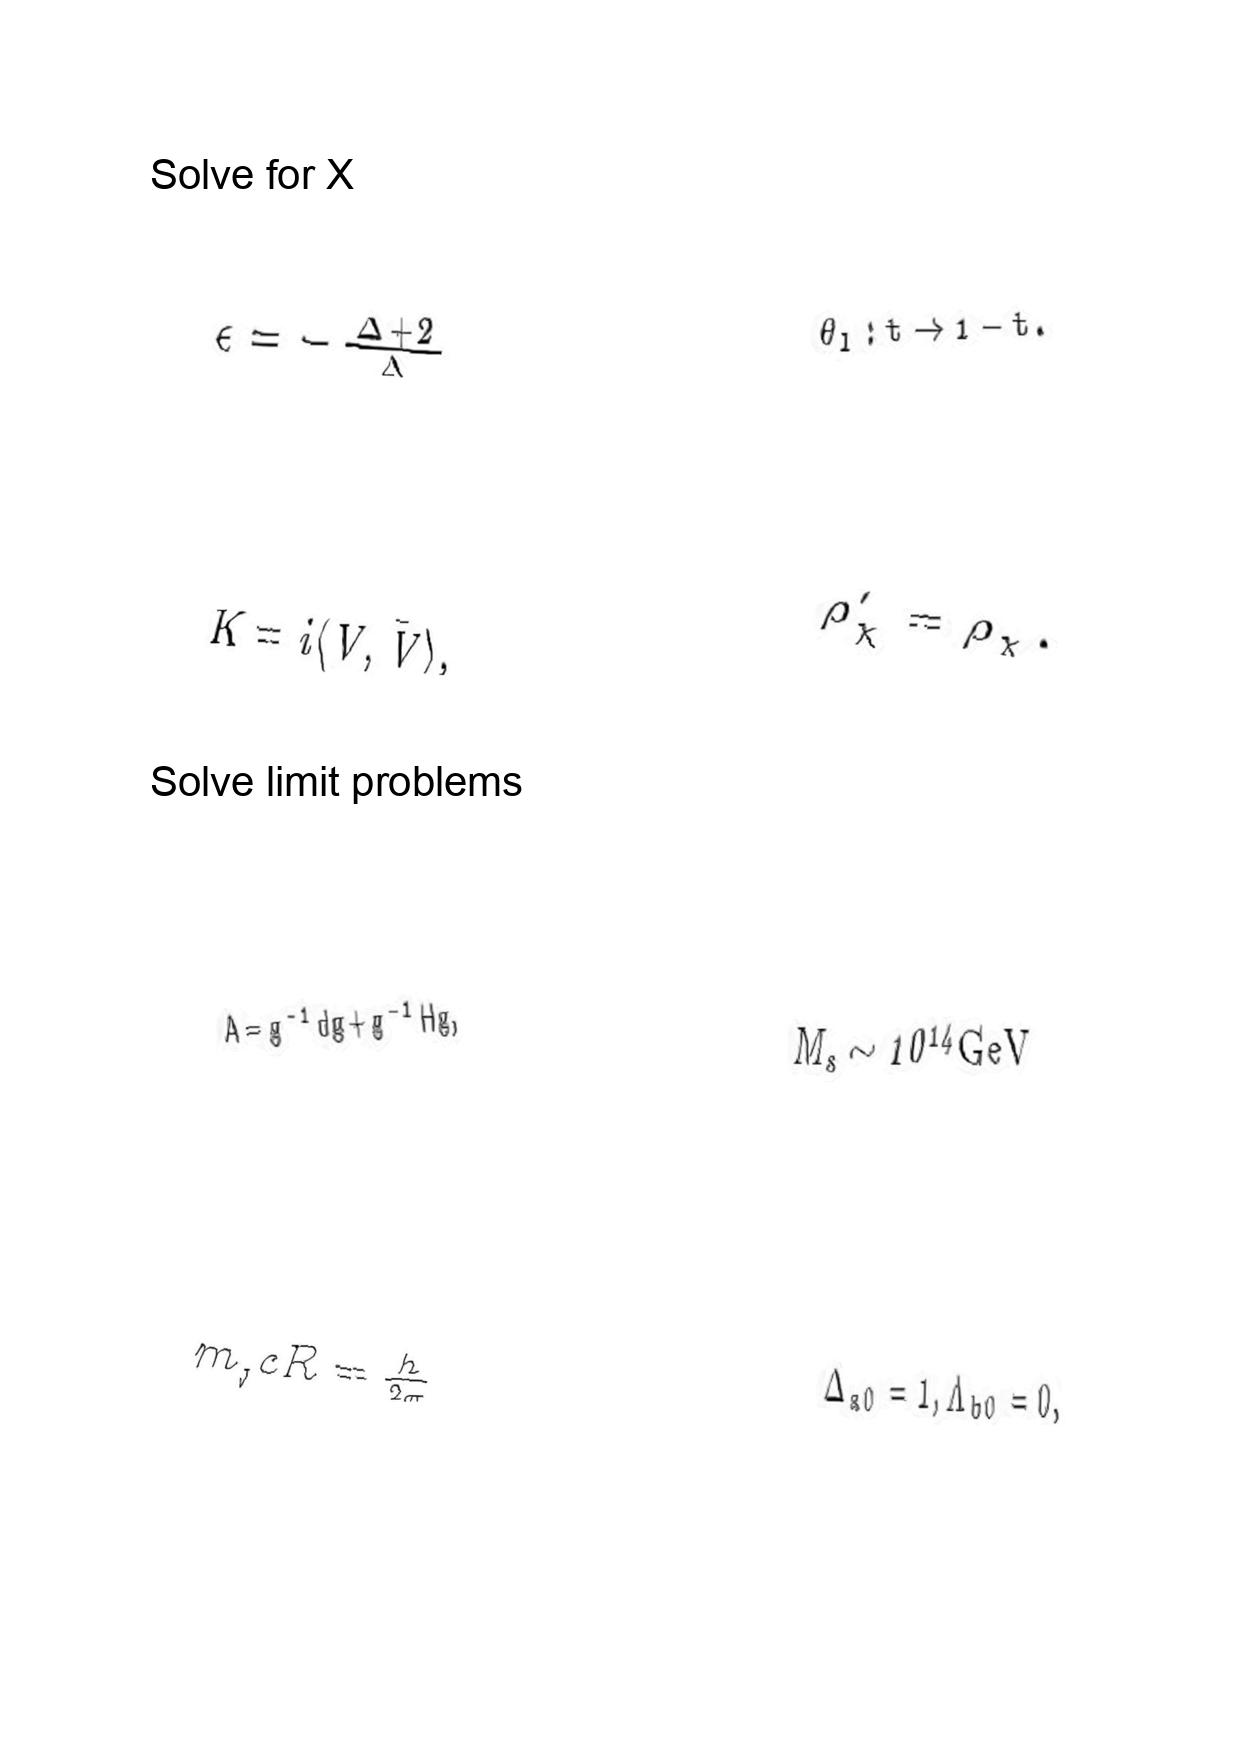
LaTeX transcription:
\epsilon = - \frac { \Delta + 2 } { \Delta }
K = i \langle V , \bar { V } \rangle ,
A = g ^ { - 1 } d g + g ^ { - 1 } H g ,
m _ { _ { J } } c R = \frac { h } { 2 \pi }
\theta _ { l } : t \rightarrow 1 - t .
\rho _ { \chi } ^ { \prime } = \rho _ { \chi } .
M _ { s } \sim 1 0 ^ { 1 4 } \mathrm { G e V }
\Delta _ { a 0 } = 1 , \Lambda _ { b 0 } = 0 ,